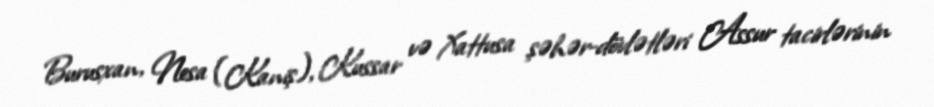
Burusxan, Nesa (Kaniş), Kussar və Xattusa şəhər-dövlətləri Assur tacirlərinin